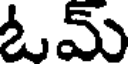
ఓమ్